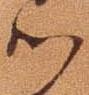
御